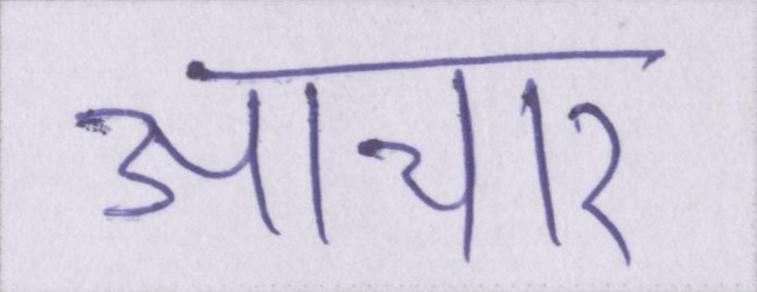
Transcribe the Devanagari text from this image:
आचार